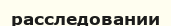
расследовании